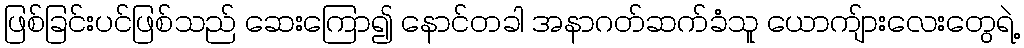
ဖြစ်ခြင်းပင်ဖြစ်သည် ဆေးကြော၍ နောင်တခါ အနာဂတ်ဆက်ခံသူ ယောကျ်ားလေးတွေရဲ့